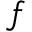
f